Vaccine operations Central Provinces 1868-1885 - 1868-1885
Year: 1868
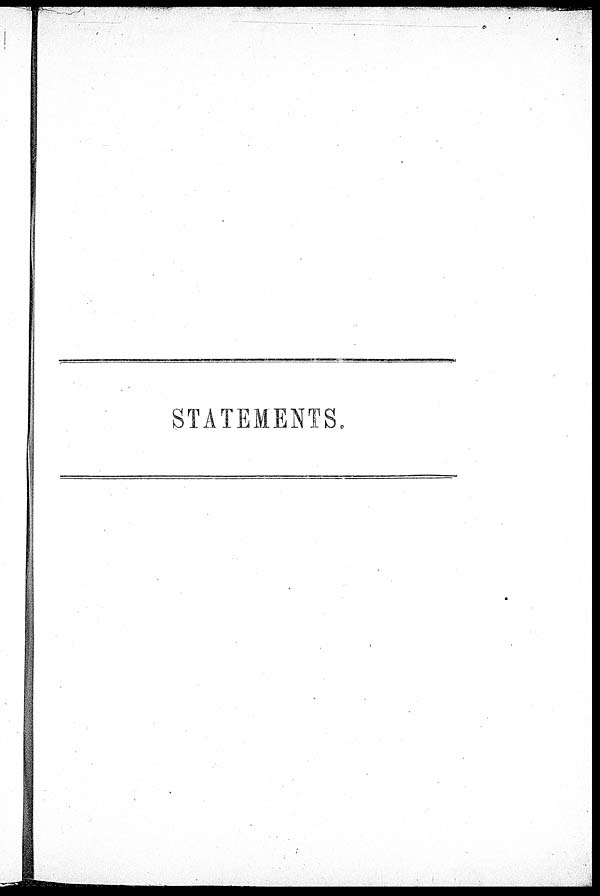
STATEMENTS.